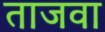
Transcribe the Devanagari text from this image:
ताजवा